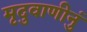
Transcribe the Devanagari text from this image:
मृदुवाणीनुं